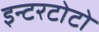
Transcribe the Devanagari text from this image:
इन्टरटोटो